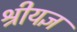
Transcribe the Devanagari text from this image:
श्रीयज्ञ